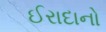
ઈરાદાનો